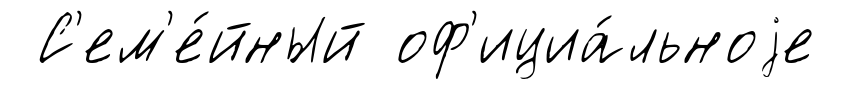
С'ем'е́йный оф'ициа́льноjе